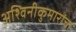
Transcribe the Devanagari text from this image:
अश्विनीकुमारांचा